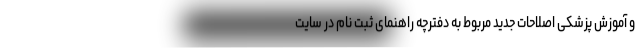
و آموزش پزشکی اصلاحات جدید مربوط به دفترچه راهنمای ثبت نام در سایت